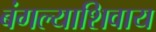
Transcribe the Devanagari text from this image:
बंगल्याशिवाय